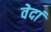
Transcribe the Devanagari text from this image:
वेदां